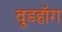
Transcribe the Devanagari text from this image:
वूडहॉग